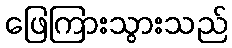
ဖြေကြားသွားသည်